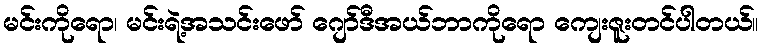
မင်းကိုရော၊ မင်းရဲ့အသင်းဖော် ဂျော်ဒီအယ်ဘာကိုရော ကျေးဇူးတင်ပါတယ်။